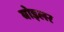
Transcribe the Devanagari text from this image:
बोइलर